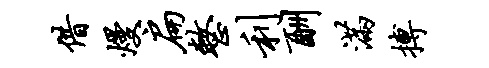
借熳扁整利酬满搏